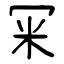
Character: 冞